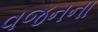
વજનના